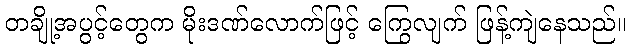
တချို့အပွင့်တွေက မိုးဒဏ်လောက်ဖြင့် ကြွေလျက် ဖြန့်ကျဲနေသည်။